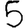
Digit: 5